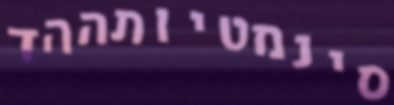
סינמטיותההד